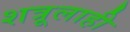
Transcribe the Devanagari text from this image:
शत्रूलाही